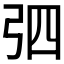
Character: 𢏎